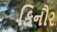
કિનૌર